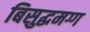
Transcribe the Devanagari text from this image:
बिसुद्धमग्ग